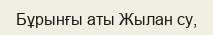
Бұрынғы аты Жылан су,